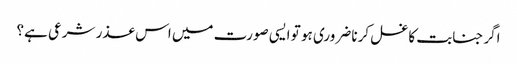
اگر جنابت کا غسل کرنا ضروری ہو تو ایسی صورت میں اس عذر شرعی ہے؟